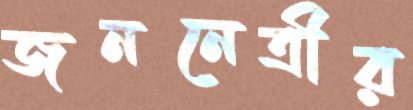
জননেত্রীর